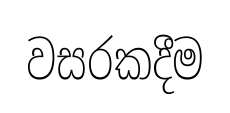
වසරකදීම